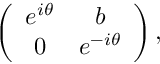
\left( \begin{array} { c c } { { e ^ { i \theta } } } & { { b } } \\ { { 0 } } & { { e ^ { - i \theta } } } \end{array} \right) ,